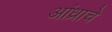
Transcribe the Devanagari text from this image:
आंध्राचे